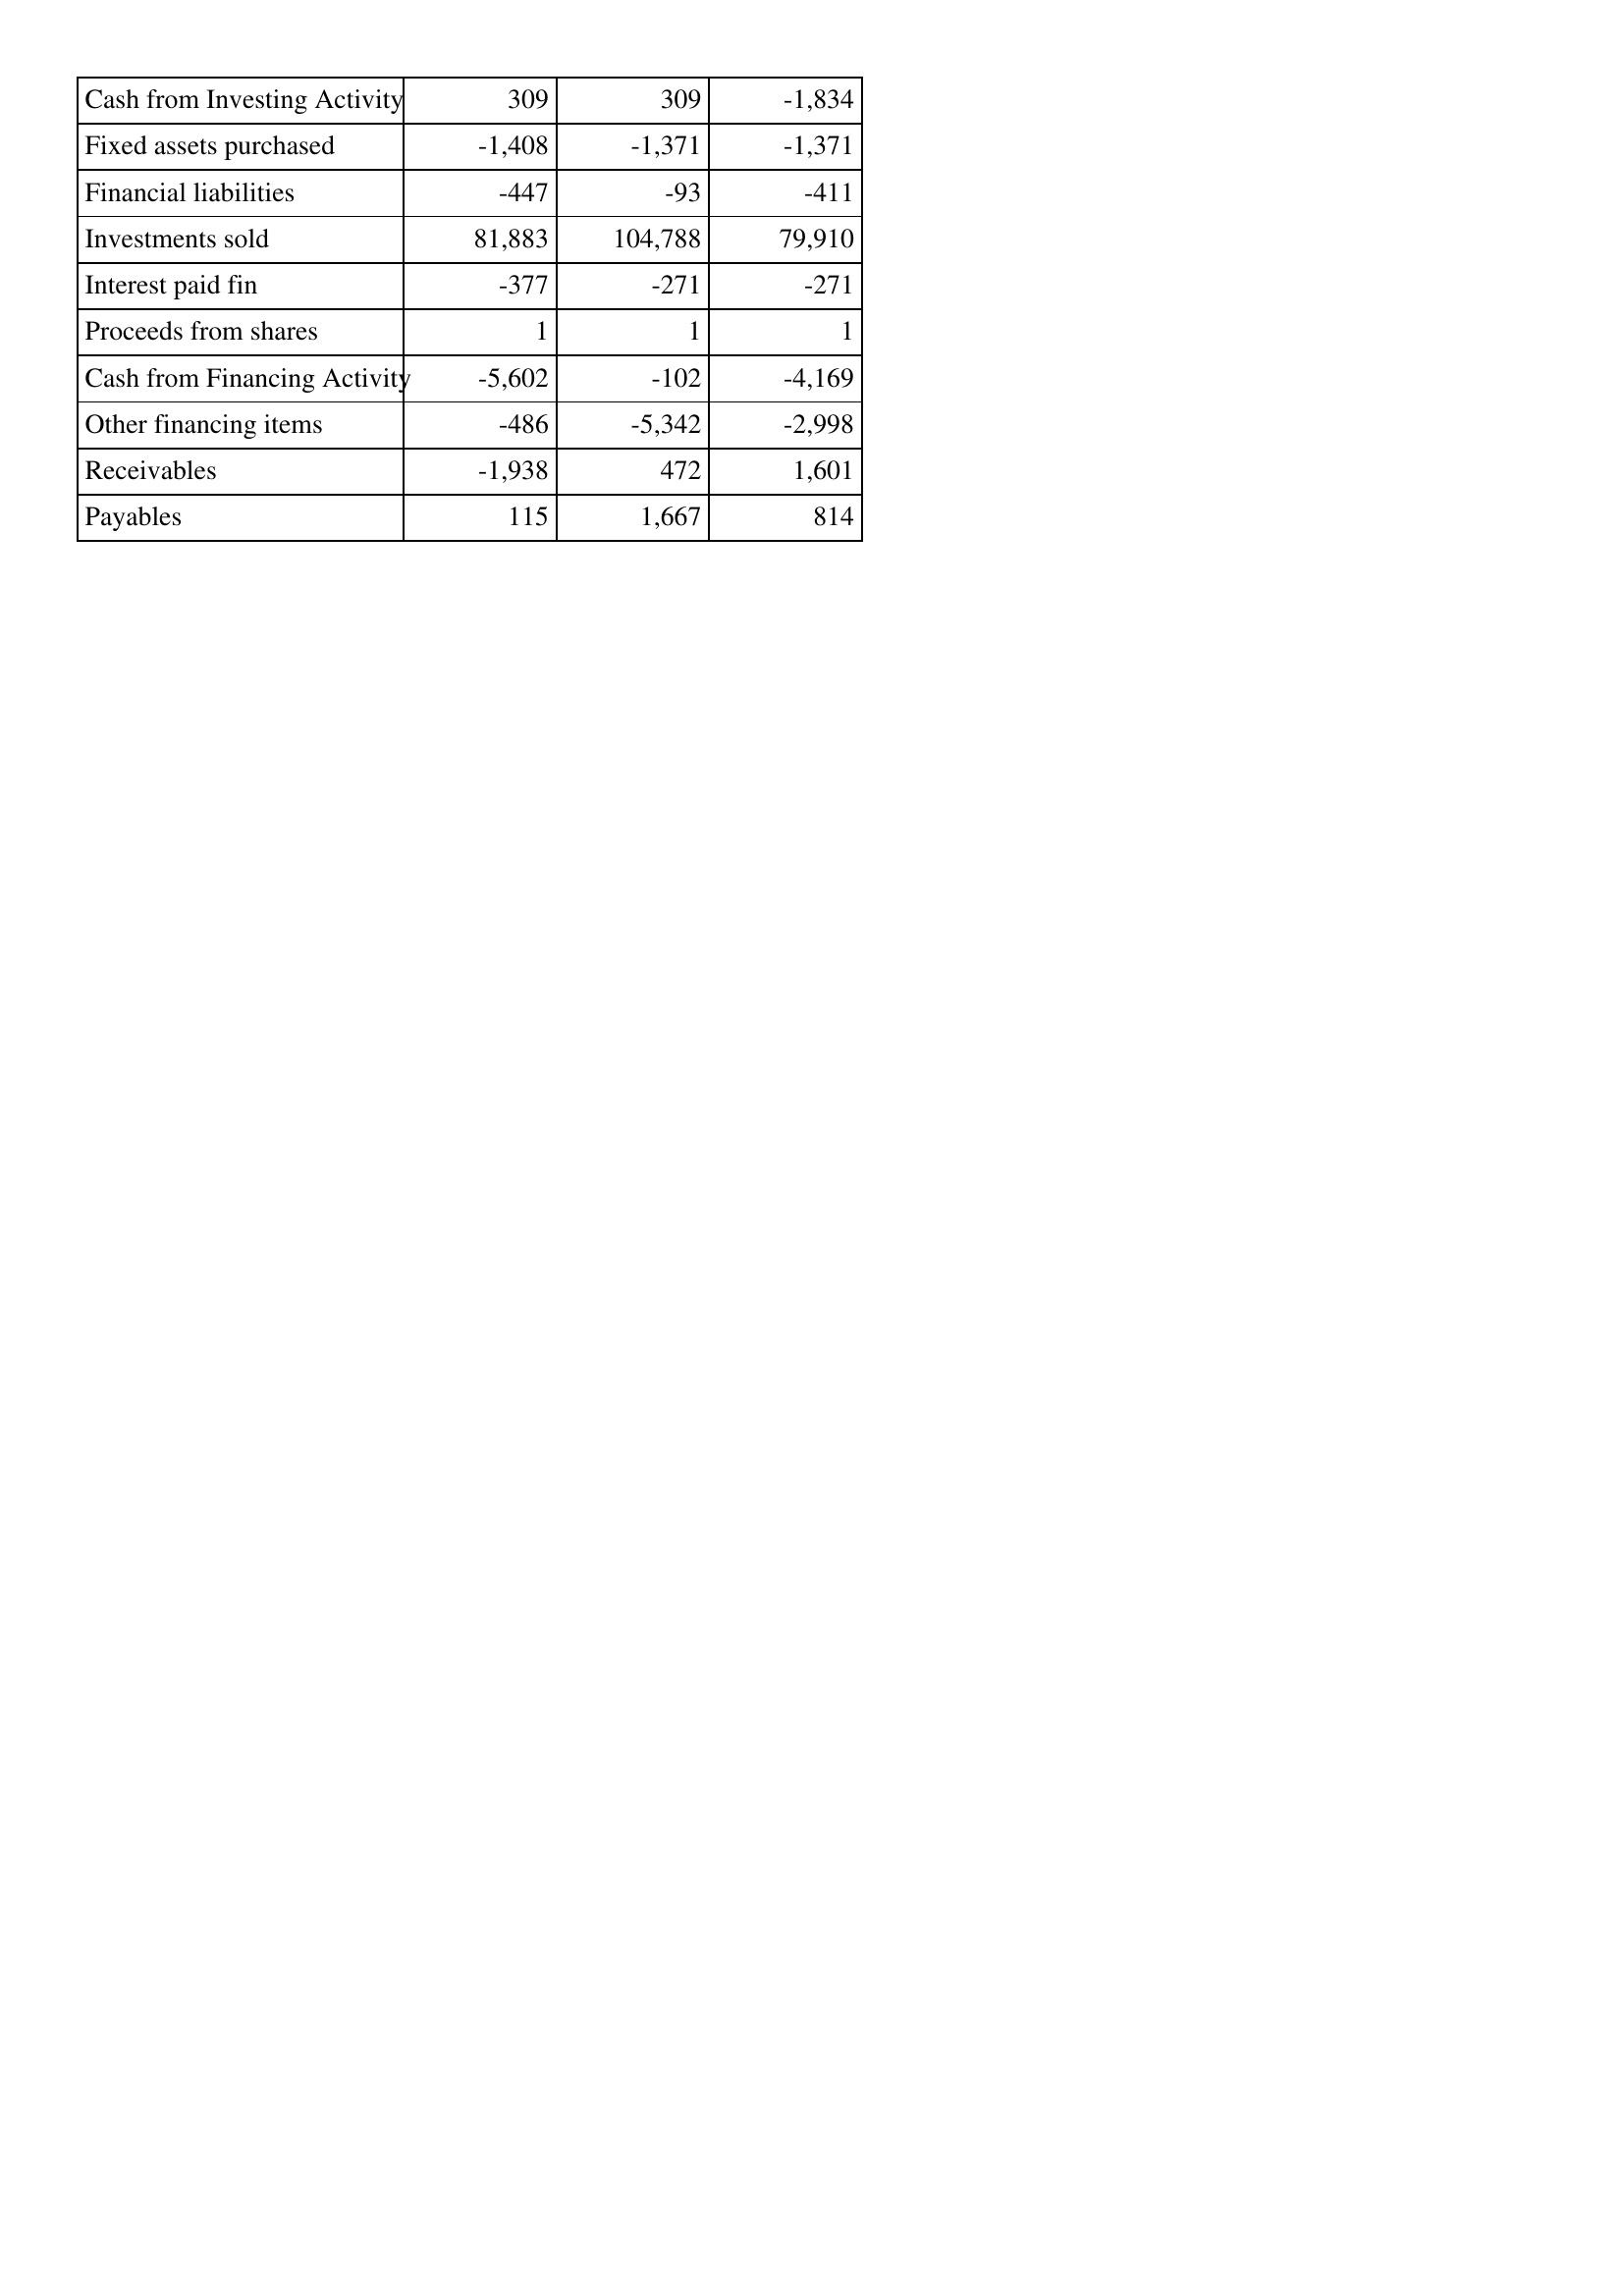
Mar-98: Cash Flows: Cash from Investing Activity: 309
Fixed assets purchased: -1,408
Financial liabilities: -447
Investments sold: 81,883
Interest paid fin: -377
Proceeds from shares: 1
Cash from Financing Activity: -5,602
Other financing items: -486
Receivables: -1,938
Payables: 115
Mar-97: Cash Flows: Cash from Investing Activity: 309
Fixed assets purchased: -1,371
Financial liabilities: -93
Investments sold: 104,788
Interest paid fin: -271
Proceeds from shares: 1
Cash from Financing Activity: -102
Other financing items: -5,342
Receivables: 472
Payables: 1,667
Mar-96: Cash Flows: Cash from Investing Activity: -1,834
Fixed assets purchased: -1,371
Financial liabilities: -411
Investments sold: 79,910
Interest paid fin: -271
Proceeds from shares: 1
Cash from Financing Activity: -4,169
Other financing items: -2,998
Receivables: 1,601
Payables: 814